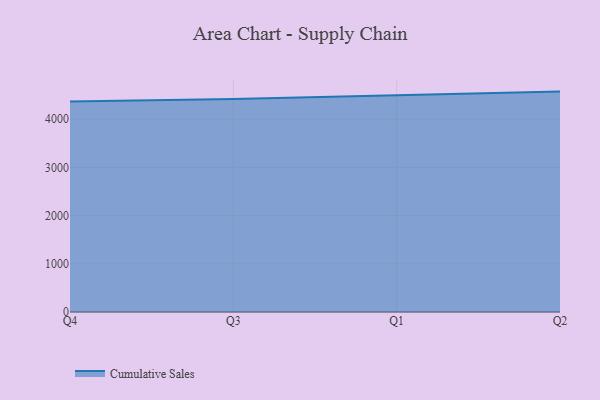
{"axis": {"x": "Quarter", "y": "Humidity (%)"}, "legend": ["Cumulative Sales"], "data": [{"x": "Q4", "y": 4365.8, "type": "Cumulative Sales"}, {"x": "Q3", "y": 4417.9, "type": "Cumulative Sales"}, {"x": "Q1", "y": 4495.4, "type": "Cumulative Sales"}, {"x": "Q2", "y": 4571.6, "type": "Cumulative Sales"}]}